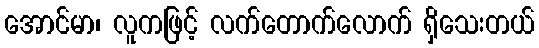
အောင်မာ၊ လူကဖြင့် လက်တောက်လောက် ရှိသေးတယ်